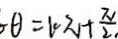
\theta = 1 0 \pi + \frac { \pi } { 2 }